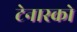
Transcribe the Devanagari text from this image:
टेनास्को